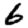
Digit: 6